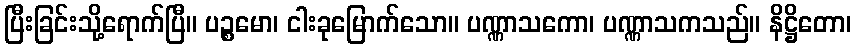
ပြီးခြင်းသို့ရောက်ပြီ။ ပဉ္စမော၊ ငါးခုမြောက်သော။ ပဏ္ဏာသကော၊ ပဏ္ဏာသကသည်။ နိဋ္ဌိတော၊